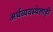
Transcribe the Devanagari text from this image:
अर्थव्यवस्थेलाही